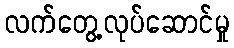
လက်တွေ့လုပ်ဆောင်မှု